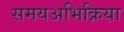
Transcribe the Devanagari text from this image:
समयअभिक्रिया